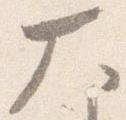
大